Vaccination North-Western Provinces 1866-1877 - 1866-1877
Year: 1866
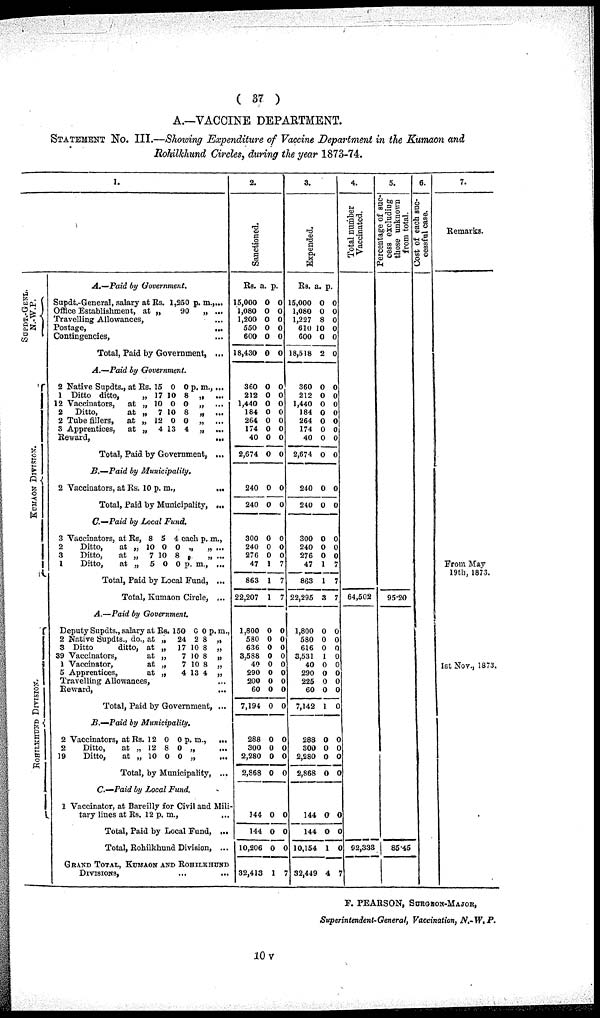
( 37 )
A.—VACCINE DEPARTMENT.
STATEMENT No. III.—Showing Expenditure of Vaccine Department in the Kumaon and
Rohilkhund Circles, during the year 1873-74.
1.
SUPDT.-GENL. N. -W.P.
KUMAON DIVISION.
ROHILKHUND DIVISION.
A.—Paid by
Government.
Supdt.-General, salary at Rs. 1,250 p. m.,...
Office Establishment, at „
90
„ ...
Travelling Allowances, ...
Postage, ...
Contingencies, ...
Total, Paid by Government,
...
A.—Paid by
Government.
2 Native Supdts., at
1 Ditto ditto,
12 Vaccinators,
at
2
Ditto,
at
2 Tube
fillers,
at
3 Apprentices,
at
Rs.
„ „
„
„
„
15
17
10
7
12
4
0
10
0
10
0
13
0
8
0
8
0
4
p. m.,...
„ ...
„
...
„ ...
„ ...
„ ...
Reward,
...
Total, Paid by Government, ...
B.—Paid
by
Municipality.
2 Vaccinators, at Rs. 10 p. m.,
...
Total, Paid by Municipality, ...
C.—Paid by Local
Fund.
3 Vaccinators, at Rs,
2
Ditto,
at „
3
Ditto,
at „
1
Ditto,
at „
8
10
7
5
5
0
10
0
4
0
8
0
each p. m.,
„ „ ...
„
„
...
p. m., ...
Total, Paid by Local Fund, ...
Total, Kumaon Circle, ...
A.—Paid by
Government.
Deputy Supdts., salary at
2 Native Supdts., do., at
3 Ditto
ditto, at
39 Vaccinators,
at
1 Vaccinator,
at
5 Apprentices,
at
Rs.
„
„
„
„
„
150
24
17
7
7
4
0
2
10
10
10
13
0
8
8
8
8
4
p.m.,
„
„
„
„
„
Travelling Allowances, ...
Reward,
...
Total, Paid by Government, ...
B.—Paid
by
Municipality.
2 Vaccinators, at
2
Ditto,
at
19
Ditto,
at
Rs.
„
„
12
12
10
0
8
0
0
0
0
p. m.,
...
„
...
„
...
Total, by Municipality, ...
C.—Paid by Local Fund.
1 Vaccinator, at Bareilly for Civil and Mili-
tary lines at Rs. 12 p. m., ...
Total, Paid by Local Fund, ...
Total, Rohilkhund Division, ...
GRAND TOTAL, KUMAON AND ROHILKHUND
DOVISIONS, ... ...
2.
Sanctioned.
Rs.
15,000
1,080
1,200
550
600
18,430
360
212
1,440
184
264
174
40
2,674
240
240
300
240
276
47
863
22,207
1,800
580
636
3,588
40
290
200
60
7,194
288
300
2,280
2,868
144
144
10,206
32,413
a.
0
0
0
0
0
0
0
0
0
0
0
0
0
0
0
0
0
0 0
1
1
1
0
0
0
0
0
0
0
0
0
0
0
0
0
0
0
0
1
p.
0
0
0
0
0
0
0
0
0
0
0
0
0
0
0
0
0
0
0
7
7
7
0
0
0
0
0
0
0
0
0
0
0
0
0
0
0
0
7
3.
Expended.
Rs.
15,000
1,080
1,227
610
600
18,518
360
212
1,440
184
264
174
40
2,674
240
240
300
240
276
47
863
22,295
1,800
580
616
8,531
40
290
225
60
7,142
288
300
2,280
2,868
144
144
10,154
32,449
a.
0
0
8
10
0
2
0
0
0
0
0
0
0
0
0
0
0
0
0
1
1
3
0
0
0
1
0
0
0
0
1
0
0
0
0
0
0
1
4
p.
0
0
0
0
0
0
0
0
0
0
0
0
0
0
0
0
0
0
0
7
7
0
0
0
0
0
0
0
0
0
0
0
0
0
0
0
0
7
4.
Total number
Vaccinated.
64,502
92,338
5.
percentage of suc-
cess excluding
those unknown
from total.
95.20
85.45
6.
Cost of each suc-
cessful case.
7.
Remarks.
From May
19th, 1873.
1st Nov., 1873.
F. PEARSON, SURGEON-MAJOR,
Superintendent-General, Vaccination, N.-W.P.
10 v